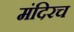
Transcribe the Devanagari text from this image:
मंदिरच